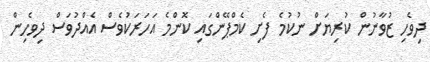
ދިވެހި ޒުވާނުން ކުރިޔަށް ނުކުމެ ފެށި ކެމްޕޭންގައި ކޮންމެ އަހަރަކުވެސް އެއްދުވަސް ދިވެހިން